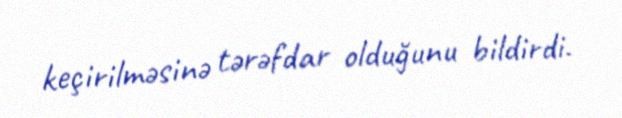
keçirilməsinə tərəfdar olduğunu bildirdi.